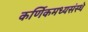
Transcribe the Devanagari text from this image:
कर्णिकमध्यसंस्थे